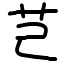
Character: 芑